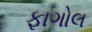
ફાગોલ